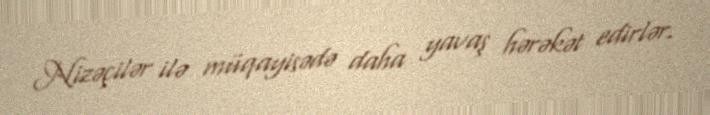
Nizəçilər ilə müqayisədə daha yavaş hərəkət edirlər.